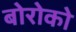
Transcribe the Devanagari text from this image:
बोरोको